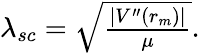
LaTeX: \begin{array}{r}{\lambda_{sc}=\sqrt{\frac{|V^{\prime\prime}(r_{m})|}{\mu}}.}\end{array}